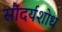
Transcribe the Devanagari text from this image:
सौंदर्यशोध